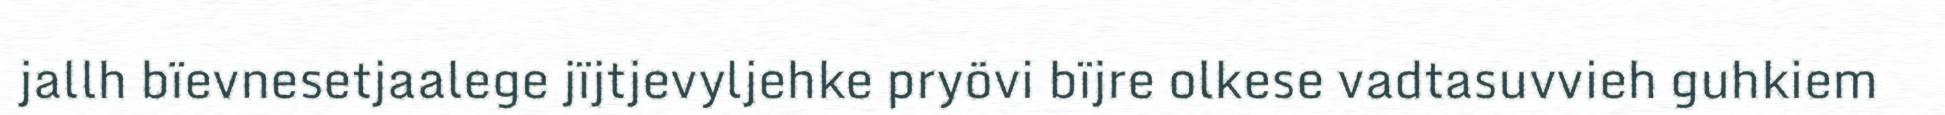
jallh bïevnesetjaalege jïjtjevyljehke pryövi bïjre olkese vadtasuvvieh guhkiem